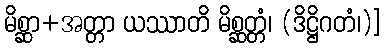
မိစ္ဆာ+အတ္တာ ယဿာတိ မိစ္ဆတ္တံ၊ (ဒိဋ္ဌိဂတံ၊)]